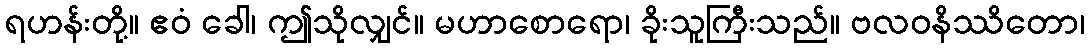
ရဟန်းတို့။ ဧဝံ ခေါ၊ ဤသိုလျှင်။ မဟာစောရော၊ ခိုးသူကြီးသည်။ ဗလဝနိဿိတော၊